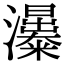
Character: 𤄗